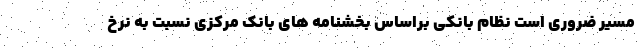
مسیر ضروری است نظام بانکی براساس بخشنامه های بانک مرکزی نسبت به نرخ